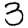
Digit: 3